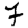
Digit: 7